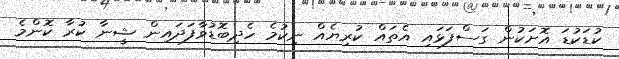
ކުޑަކުޑަ އޮށަކުން ގަސްފަޅައި އެތައް ކުރިޔެއް ނިކުމެ ހެދިބޮޑުވާފަދައިން ޝީނާ ކުރާ ކޮންމެ